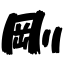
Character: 剛